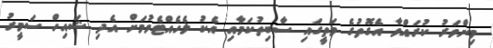
މިންވަރު ކުރައްވާ އެގޮތުގެ މަތީގައި ސާބިތުކަމާއި އެކު ލެހެއްޓެވުމަށް އެދި ޝައިހް ސަމީރު